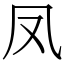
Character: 凤